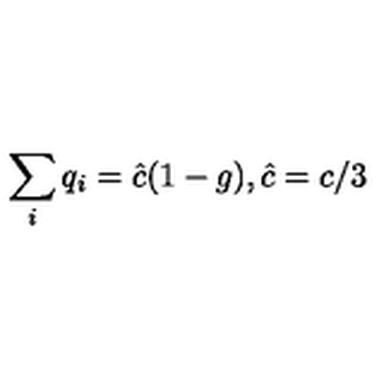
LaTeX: \sum _ { i } q _ { i } = { \hat { c } } ( 1 - g ) , { \hat { c } } = c / 3